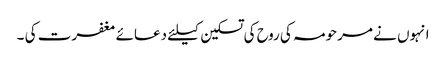
انہوں نے مرحومہ کی روح کی تسکین کیلئے دعائے مغفرت کی ۔